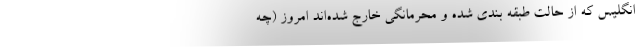
انگلیس که از حالت طبقه بندی شده و محرمانگی خارج شده‌اند امروز (چه